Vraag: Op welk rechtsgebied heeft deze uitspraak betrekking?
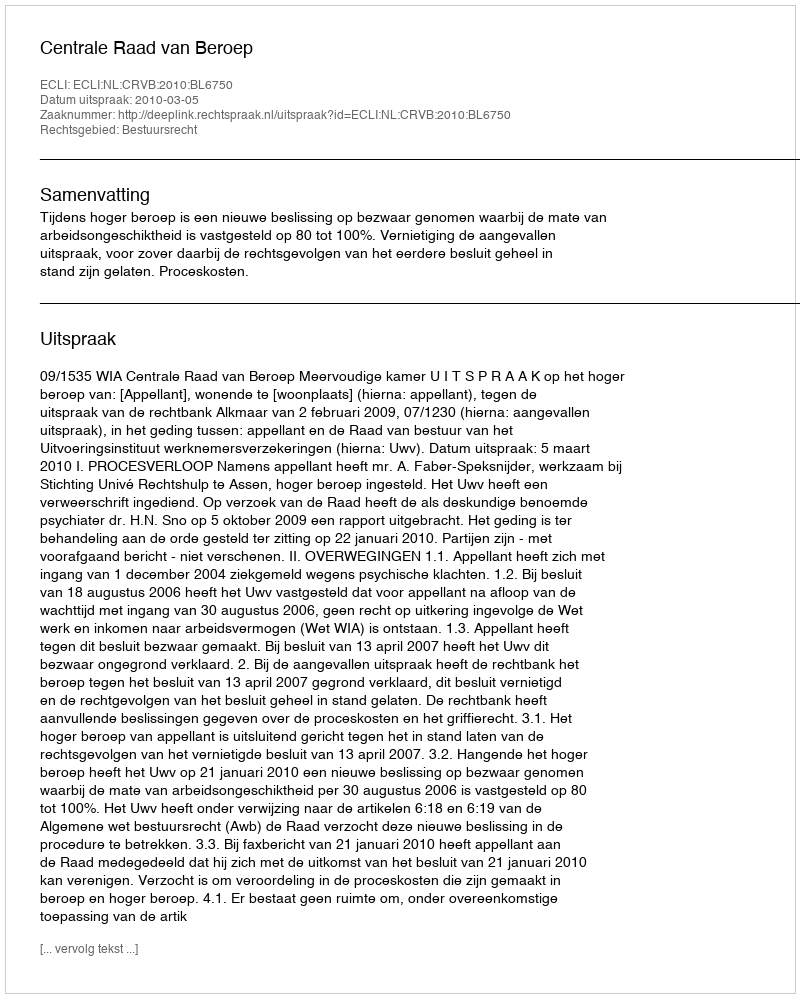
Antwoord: Bestuursrecht